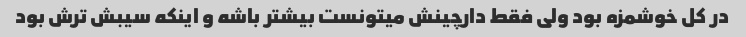
در کل خوشمزه بود ولی فقط دارچینش میتونست بیشتر باشه و اینکه سیبش ترش بود